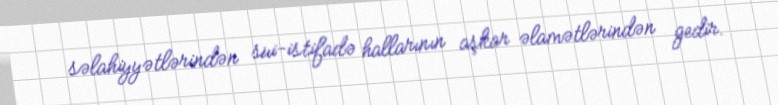
səlahiyyətlərindən sui-istifadə hallarının aşkar əlamətlərindən gedir.